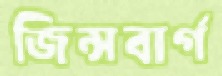
জিন্সবার্গ